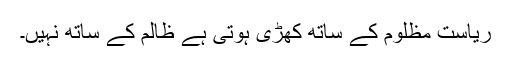
ریاست مظلوم کے ساتھ کھڑی ہوتی ہے ظالم کے ساتھ نہیں۔